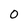
Character: 0